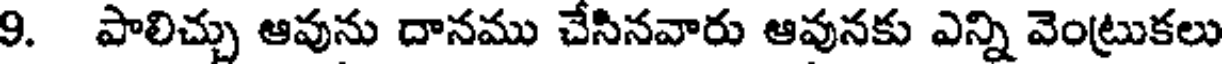
9. పాలిచ్చు ఆవును దానము చేసినవారు ఆవునకు ఎన్ని వెంట్రుకలు